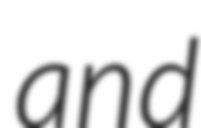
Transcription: and